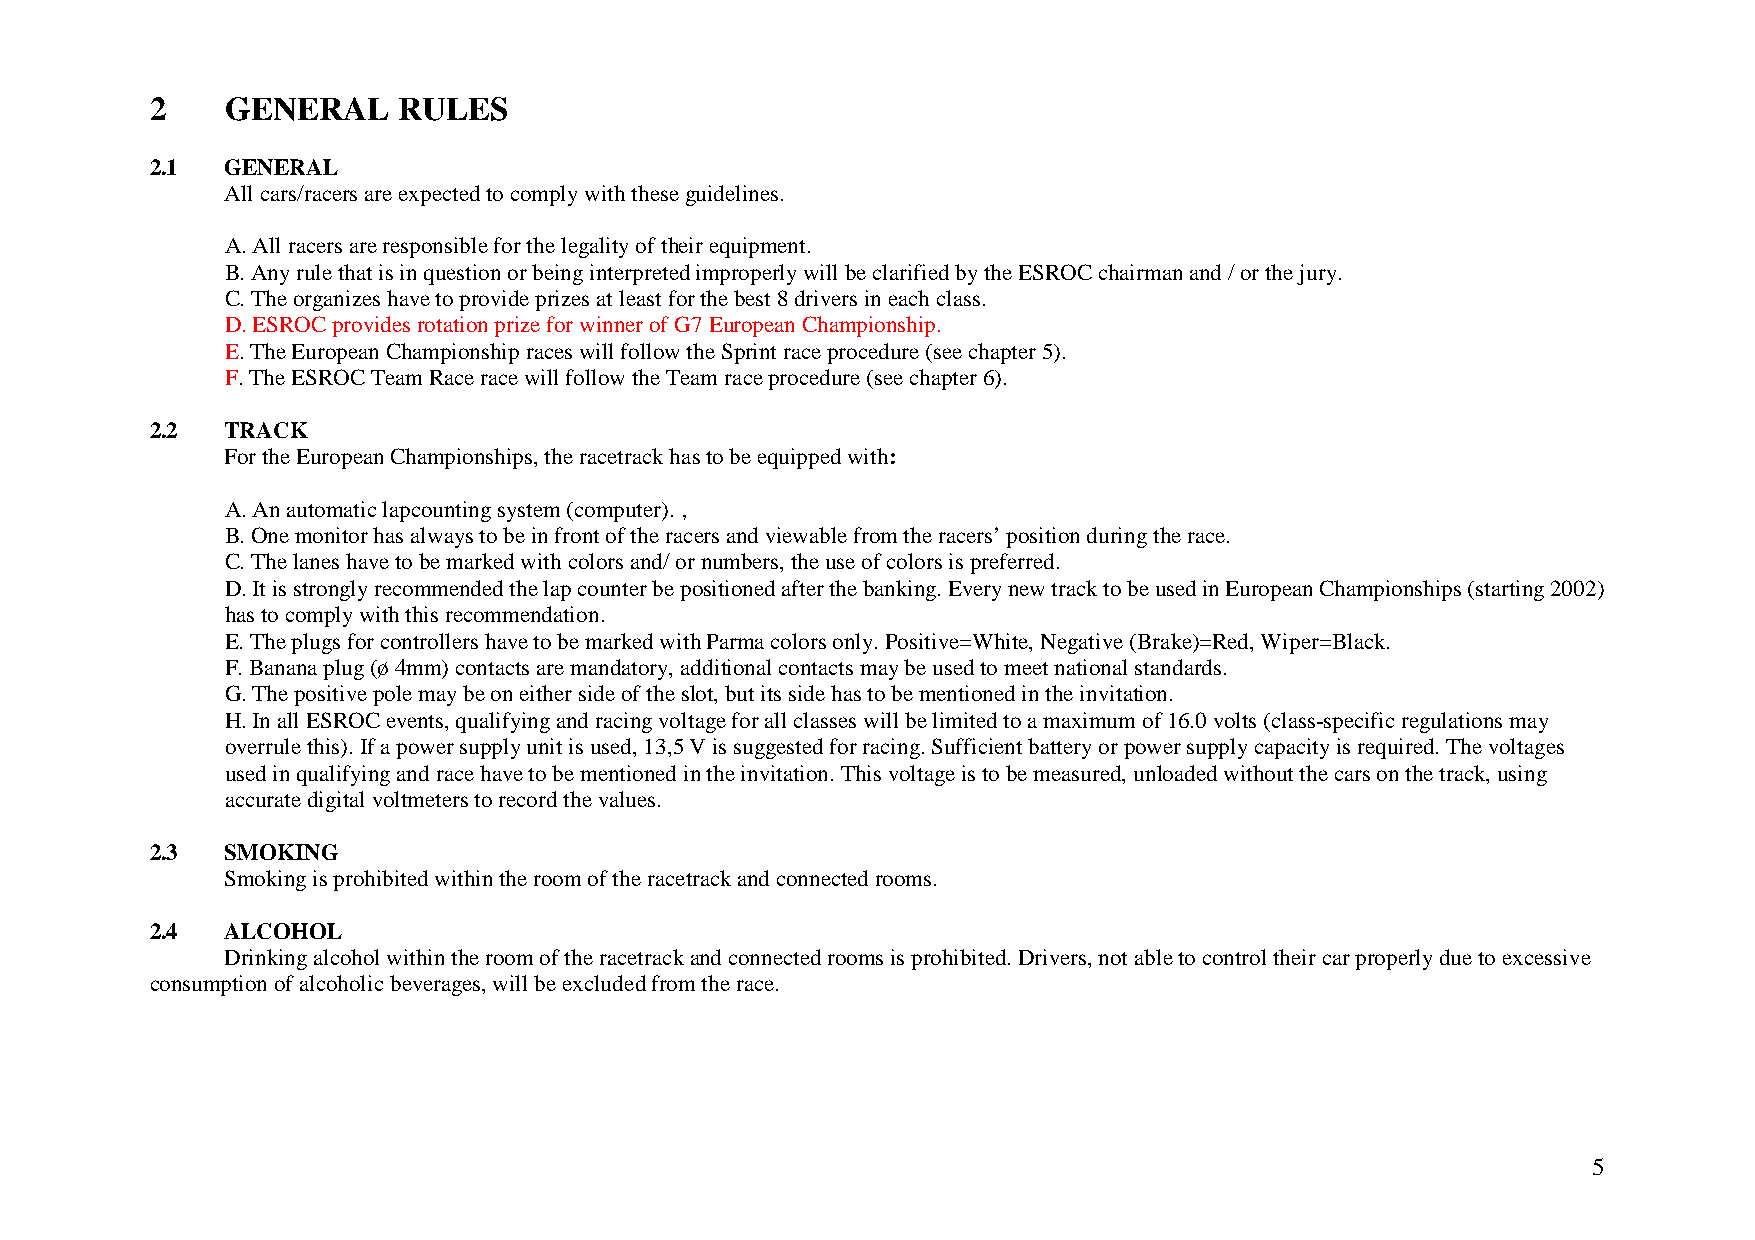
2    GENERAL    RULES
 2.1  GENERAL
 All cars/racers are expected to comply with these guidelines.
 A. All racers are responsible for the legality of their equipment.
 B. Any rule that is in question or being interpreted improperly will be clarified by the ESROC chairman and / or the jury.
 C. The organizes have to provide prizes at least for the best 8 drivers in each class.
 D. ESROC provides rotation prize for winner of G7 European Championship.
 E. The European Championship races will follow the Sprint race procedure (see chapter 5).
 F. The ESROC Team Race race will follow the Team race procedure (see chapter 6).
 2.2  TRACK
 For the European Championships, the racetrack has to be equipped with:
 A. An automatic lapcounting system (computer). ‚
 B. One monitor has always to be in front of the racers and viewable from the racers’ position during the race.
 C. The lanes have to be marked with colors and/ or numbers, the use of colors is preferred.
 D. It is strongly recommended the lap counter be positioned after the banking. Every new track to be used in European Championships (starting 2002)
 has to comply with this recommendation.
 E. The plugs for controllers have to be marked with Parma colors only. Positive=White, Negative (Brake)=Red, Wiper=Black.
 F. Banana plug (ø 4mm) contacts are mandatory, additional contacts may be used to meet national standards.
 G. The positive pole may be on either side of the slot, but its side has to be mentioned in the invitation.
 H. In all ESROC events, qualifying and racing voltage for all classes will be limited to a maximum of 16.0 volts (class-specific regulations may
 overrule this). If a power supply unit is used, 13,5 V is suggested for racing. Sufficient battery or power supply capacity is required. The voltages
 used in qualifying and race have to be mentioned in the invitation. This voltage is to be measured, unloaded without the cars on the track, using
 accurate digital voltmeters to record the values.
 2.3  SMOKING
 Smoking is prohibited within the room of the racetrack and connected rooms.
 2.4  ALCOHOL
 Drinking alcohol within the room of the racetrack and connected rooms is prohibited. Drivers, not able to control their car properly due to excessive
 consumption of alcoholic beverages, will be excluded from the race.
 5